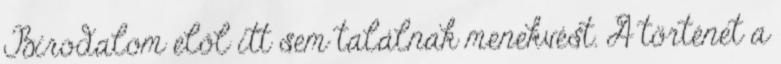
Birodalom elől itt sem találnak menekvést. A történet a